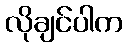
လိုချင်ပါက